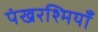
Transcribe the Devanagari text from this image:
पंखरश्मियाँ